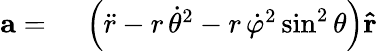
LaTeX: \begin{array}{rl}{\mathbf{a}={}}&{{}\left({\ddot{r}}-r\, {\dot{\theta}}^{2}-r\, {\dot{\varphi}}^{2}\sin^{2}\theta\right)\mathbf{\hat{r}}}\end{array}